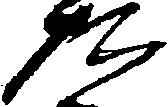
た